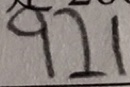
9 2 1